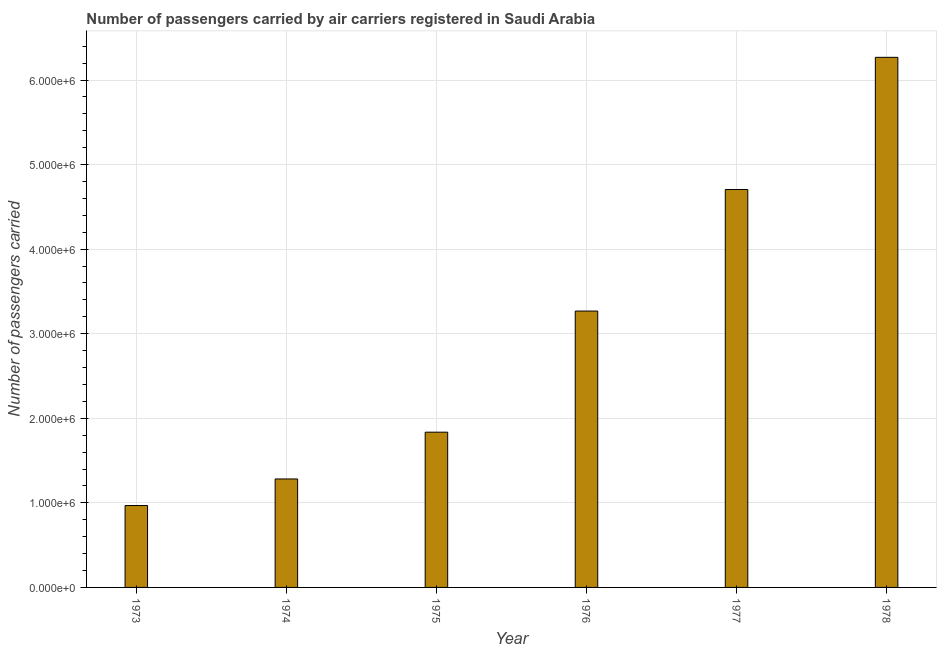
| Year | Air transport |
 | --- | --- |
 | 1973 | 9.68e+05 |
 | 1974 | 1.28e+06 |
 | 1975 | 1.84e+06 |
 | 1976 | 3.27e+06 |
 | 1977 | 4.71e+06 |
 | 1978 | 6.27e+06 |